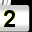
Digit: 2